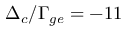
\Delta _ { c } / \Gamma _ { g e } = - 1 1